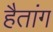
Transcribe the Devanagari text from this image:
हैतांग